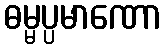
ဓမ္မပ္ပမာဏော